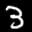
Label: 3